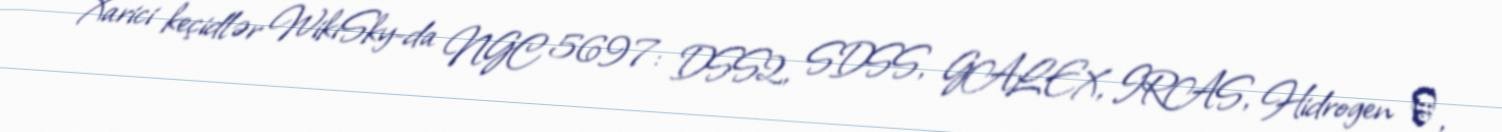
Xarici keçidlər WikiSky-da NGC 5697: DSS2, SDSS, GALEX, IRAS, Hidrogen α,